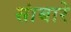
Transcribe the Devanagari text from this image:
सांबारे